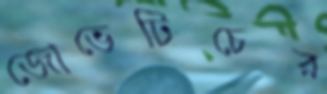
জোভেটিচের